Report of the Municipal Commissioner on the plague in Bombay for the year ending 31st May... - Volume 3
Disease focus: Plague
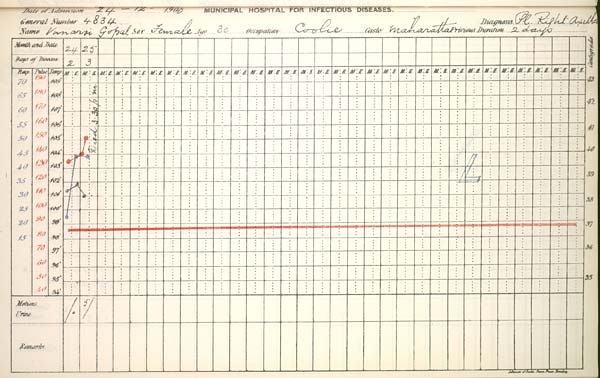
Date
of
Admission
1900
MUNICIPAL
HOSPITAL
FOR
INFECTIOUS
DISEASES.
General
Number
Diagnosis
Name
Sex
Age
Occupation
Caste
Previous
Duration